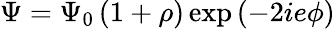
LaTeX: \Psi=\Psi_{0}\left(1+\rho\right)\exp\left(-2ie\phi\right)